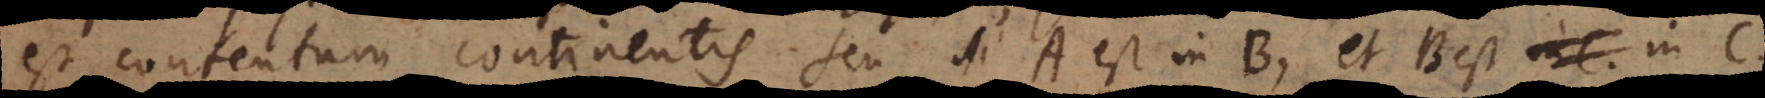
est contentum continentis, seu si A est in B, et B est in C,